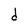
Character: d